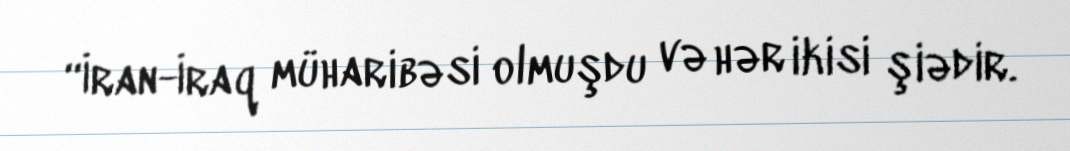
“İran-İraq müharibəsi olmuşdu və hər ikisi şiədir.